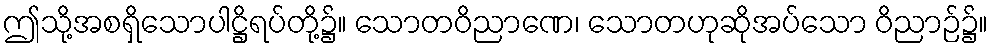
ဤသို့အစရှိသောပါဋ္ဌိရပ်တို့၌။ သောတဝိညာဏေ၊ သောတဟုဆိုအပ်သော ဝိညာဉ်၌။